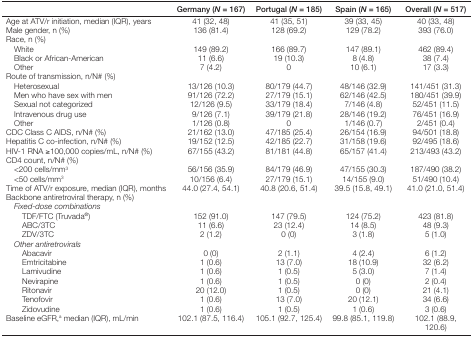
<table><thead><tr><td><b> </b></td><td><b>Germany (<i>N</i> = 167)</b></td><td><b>Portugal (<i>N</i> = 185)</b></td><td><b>Spain (<i>N</i> = 165)</b></td><td><b>Overall (<i>N</i> = 517)</b></td></tr></thead><tbody><tr><td>Age at ATV/r initiation, median (IQR), years</td><td>41 (32, 48)</td><td>41 (35, 51)</td><td>39 (33, 45)</td><td>40 (33, 48)</td></tr><tr><td>Male gender, n (%)</td><td>136 (81.4)</td><td>128 (69.2)</td><td>129 (78.2)</td><td>393 (76.0)</td></tr><tr><td>Race, n (%)</td><td> </td><td> </td><td> </td><td> </td></tr><tr><td>White</td><td>149 (89.2)</td><td>166 (89.7)</td><td>147 (89.1)</td><td>462 (89.4)</td></tr><tr><td>Black or African-American</td><td>11 (6.6)</td><td>19 (10.3)</td><td>8 (4.8)</td><td>38 (7.4)</td></tr><tr><td>Other</td><td>7 (4.2)</td><td>0</td><td>10 (6.1)</td><td>17 (3.3)</td></tr><tr><td>Route of transmission, n/N# (%)</td><td> </td><td> </td><td> </td><td> </td></tr><tr><td>Heterosexual</td><td>13/126 (10.3)</td><td>80/179 (44.7)</td><td>48/146 (32.9)</td><td>141/451 (31.3)</td></tr><tr><td>Men who have sex with men</td><td>91/126 (72.2)</td><td>27/179 (15.1)</td><td>62/146 (42.5)</td><td>180/451 (39.9)</td></tr><tr><td>Sexual not categorized</td><td>12/126 (9.5)</td><td>33/179 (18.4)</td><td>7/146 (4.8)</td><td>52/451 (11.5)</td></tr><tr><td>Intravenous drug use</td><td>9/126 (7.1)</td><td>39/179 (21.8)</td><td>28/146 (19.2)</td><td>76/451 (16.9)</td></tr><tr><td>Other</td><td>1/126 (0.8)</td><td>0</td><td>1/146 (0.7)</td><td>2/451 (0.4)</td></tr><tr><td>CDC Class C AIDS, n/N# (%)</td><td>21/162 (13.0)</td><td>47/185 (25.4)</td><td>26/154 (16.9)</td><td>94/501 (18.8)</td></tr><tr><td>Hepatitis C co-infection, n/N# (%)</td><td>19/152 (12.5)</td><td>42/185 (22.7)</td><td>31/158 (19.6)</td><td>92/495 (18.6)</td></tr><tr><td>HIV-1 RNA ≥100,000 copies/mL, n/N# (%)</td><td>67/155 (43.2)</td><td>81/181 (44.8)</td><td>65/157 (41.4)</td><td>213/493 (43.2)</td></tr><tr><td>CD4 count, n/N# (%)</td><td> </td><td> </td><td> </td><td> </td></tr><tr><td>&lt;200 cells/mm<sup>3</sup></td><td>56/156 (35.9)</td><td>84/179 (46.9)</td><td>47/155 (30.3)</td><td>187/490 (38.2)</td></tr><tr><td>&lt;50 cells/mm<sup>3</sup></td><td>10/156 (6.4)</td><td>27/179 (15.1)</td><td>14/155 (9.0)</td><td>51/490 (10.4)</td></tr><tr><td>Time of ATV/r exposure, median (IQR), months</td><td>44.0 (27.4, 54.1)</td><td>40.8 (20.6, 51.4)</td><td>39.5 (15.8, 49.1)</td><td>41.0 (21.0, 51.4)</td></tr><tr><td>Backbone antiretroviral therapy, n (%)</td><td> </td><td> </td><td> </td><td> </td></tr><tr><td><i> Fixed</i>-<i>dose combinations</i></td><td> </td><td> </td><td> </td><td> </td></tr><tr><td>TDF/FTC (Truvada<sup>®</sup>)</td><td>152 (91.0)</td><td>147 (79.5)</td><td>124 (75.2)</td><td>423 (81.8)</td></tr><tr><td>ABC/3TC</td><td>11 (6.6)</td><td>23 (12.4)</td><td>14 (8.5)</td><td>48 (9.3)</td></tr><tr><td>ZDV/3TC</td><td>2 (1.2)</td><td>0 (0)</td><td>3 (1.8)</td><td>5 (1.0)</td></tr><tr><td><i> Other antiretrovirals</i></td><td> </td><td> </td><td> </td><td> </td></tr><tr><td>Abacavir</td><td>0 (0)</td><td>2 (1.1)</td><td>4 (2.4)</td><td>6 (1.2)</td></tr><tr><td>Emtricitabine</td><td>1 (0.6)</td><td>13 (7.0)</td><td>18 (10.9)</td><td>32 (6.2)</td></tr><tr><td>Lamivudine</td><td>1 (0.6)</td><td>1 (0.5)</td><td>5 (3.0)</td><td>7 (1.4)</td></tr><tr><td>Nevirapine</td><td>1 (0.6)</td><td>1 (0.5)</td><td>0 (0)</td><td>2 (0.4)</td></tr><tr><td>Ritonavir</td><td>20 (12.0)</td><td>1 (0.5)</td><td>0 (0)</td><td>21 (4.1)</td></tr><tr><td>Tenofovir</td><td>1 (0.6)</td><td>13 (7.0)</td><td>20 (12.1)</td><td>34 (6.6)</td></tr><tr><td>Zidovudine</td><td>1 (0.6)</td><td>1 (0.5)</td><td>1 (0.6)</td><td>3 (0.6)</td></tr><tr><td>Baseline eGFR,<sup>a</sup> median (IQR), mL/min</td><td>102.1 (87.5, 116.4)</td><td>105.1 (92.7, 125.4)</td><td>99.8 (85.1, 119.8)</td><td>102.1 (88.9, 120.6)</td></tr></tbody></table>